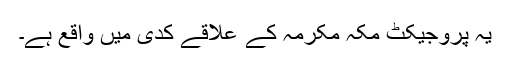
یہ پروجیکٹ مکہ مکرمہ کے علاقے کدی میں واقع ہے۔